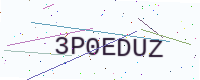
Text: 3P0EDUZ